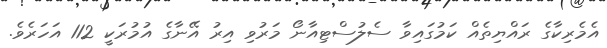
އެމެރިކާގެ ރައްޔިތެއް ކަމުގައިވާ ސެލުސްޓިއާނޯ މަރުވި އިރު އޭނާގެ އުމުރަކީ 112 އަހަރެވެ.